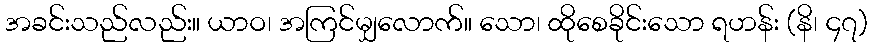
အခင်းသည်လည်း။ ယာဝ၊ အကြင်မျှလောက်။ သော၊ ထိုစေခိုင်းသော ရဟန်း (နိ၊ ၄၇)